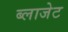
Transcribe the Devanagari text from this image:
ब्लाजेट